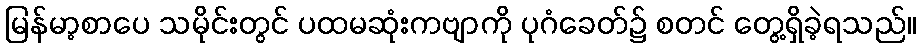
မြန်မာ့စာပေ သမိုင်းတွင် ပထမဆုံးကဗျာကို ပုဂံခေတ်၌ စတင် တွေ့ရှိခဲ့ရသည်။